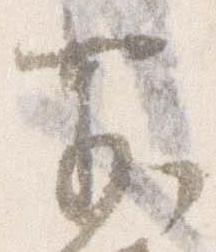
前